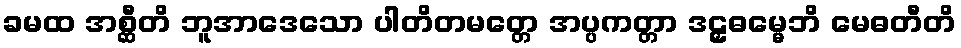
ခမထ အစ္ဆီတိ ဘူအာဒေသော ပါတိတမတ္တေ အပ္ပကတ္တာ ဒဠှဓမ္မေဘိ မေဓတီတိ